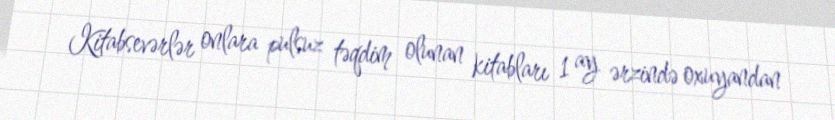
Kitabsevərlər onlara pulsuz təqdim olunan kitabları 1 ay ərzində oxuyandan